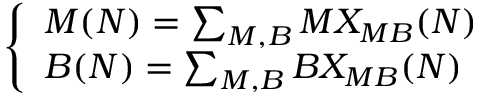
\left\{ \begin{array} { l } { { M ( N ) = \sum _ { M , B } M X _ { M B } ( N ) } } \\ { { B ( N ) = \sum _ { M , B } B X _ { M B } ( N ) } } \end{array} \right.